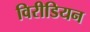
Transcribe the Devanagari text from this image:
विरीडियन